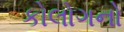
કોલોગનો